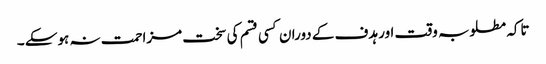
تاکہ مطلوبہ وقت اور ہدف کے دوران کسی قسم کی سخت مزاحمت نہ ہوسکے ۔